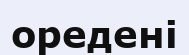
оредені